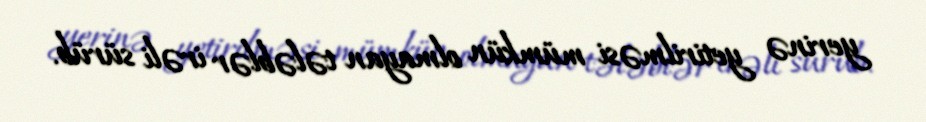
yerinə yetirilməsi mümkün olmayan tələblər irəli sürüb.